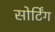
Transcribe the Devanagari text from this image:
सोर्टिंग